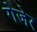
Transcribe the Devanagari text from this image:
गेजेर